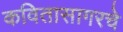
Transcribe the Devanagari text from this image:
कवितासागरचे